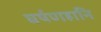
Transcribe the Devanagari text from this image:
घर्षणहानि